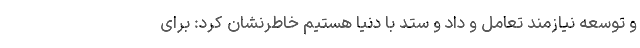
و توسعه نیازمند تعامل و داد و ستد با دنیا هستیم خاطرنشان کرد: برای